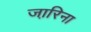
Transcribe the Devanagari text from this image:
जा़रिना